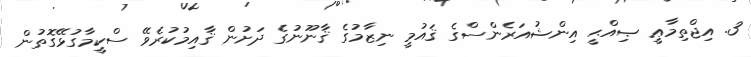
3. އިޖްތިމާޢީ ޞިއްޙީ އިންޝުއަރެންސްގެ ޤައުމީ ނިޒާމުގެ ޤާނޫނުގެ ދަށުން ޤާއިމުކުރެވޭ ސްކީމާގުޅޭގޮތުން